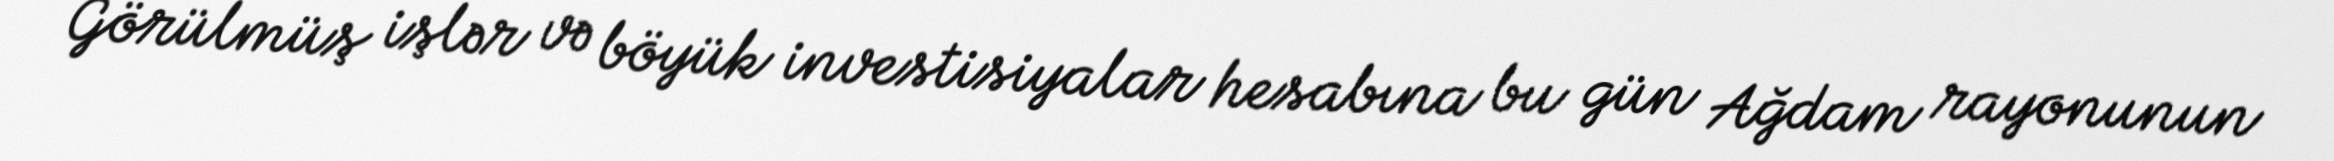
Görülmüş işlər və böyük investisiyalar hesabına bu gün Ağdam rayonunun